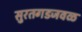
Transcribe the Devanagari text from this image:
सुरतगडजवळ